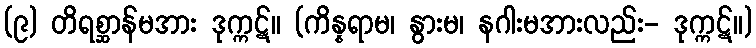
(၉) တိရစ္ဆာန်မအား ဒုက္ကဋ်။ (ကိန္နရာမ၊ နွားမ၊ နဂါးမအားလည်း- ဒုက္ကဋ်။)